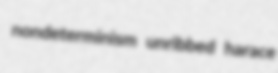
nondeterminism unribbed harace